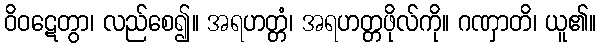
ဝိဝဋေတွာ၊ လည်စေ၍။ အရဟတ္တံ၊ အရဟတ္တဖိုလ်ကို။ ဂဏှာတိ၊ ယူ၏။